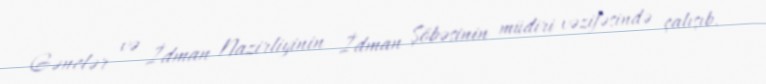
Gənclər və İdman Nazirliyinin İdman Şöbəsinin müdiri vəzifəsində çalışıb.